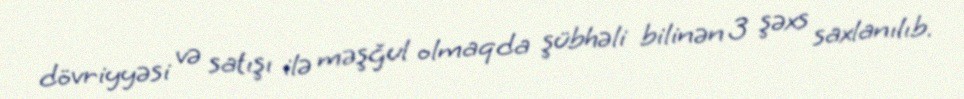
dövriyyəsi və satışı ilə məşğul olmaqda şübhəli bilinən 3 şəxs saxlanılıb.